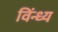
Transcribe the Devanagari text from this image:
विंन्ध्य